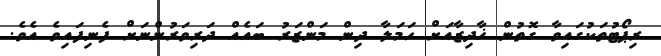
ރިޕޯޓުތަކުގައިވާ ގޮތުން ޚާދިޒާއަށް ހަމަލާ ދިން މަންޒަރު ބައެއް ދަރިވަރުންނަށް ފެނިފައިވެ އެވެ.